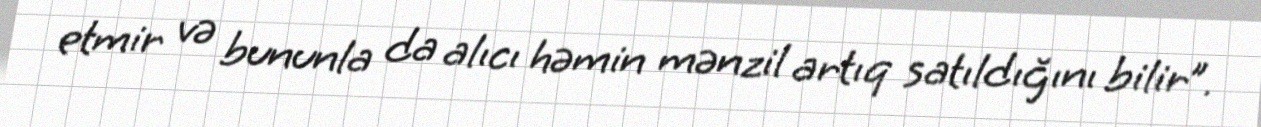
etmir və bununla da alıcı həmin mənzil artıq satıldığını bilir”.